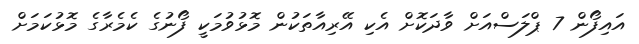
އައިފޯޯން 7 ޕްލަސްއަށްް ވާދަކޮށް އެކި އޭރިއާތަކުން މޮޅުވުމަކީ ފޯނުގެ ކެމެރާގެ މޮޅުކަމަށް